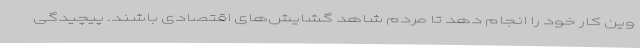
وین کار خود را انجام دهد تا مردم شاهد گشایش‌های اقتصادی باشند. پیچیدگی